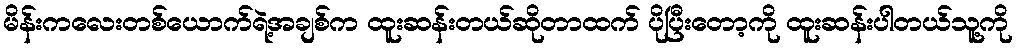
မိန်းကလေးတစ်ယောက်ရဲ့အချစ်က ထူးဆန်းတယ်ဆိုတာထက် ပိုပြီးတော့ကို ထူးဆန်းပါတယ်သူ့ကို